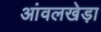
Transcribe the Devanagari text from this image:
आंवलखेड़ा